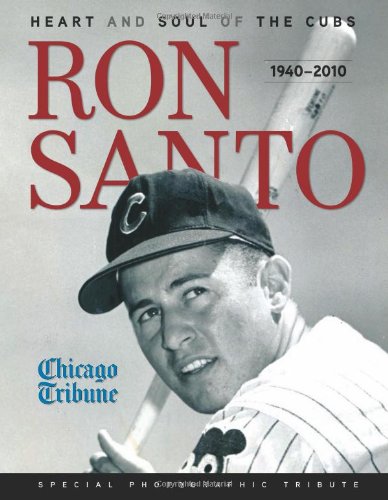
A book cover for Ron Santo: Heart and Soul of the Cubs; Chicago Tribune; Sports & Outdoors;